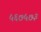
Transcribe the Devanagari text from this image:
५६७५७३